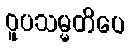
ဝူပသမ္မတိပေ